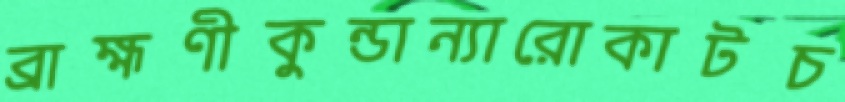
ব্রাহ্মণীকুন্ডান্যারোকাটচ